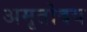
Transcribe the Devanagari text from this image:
अमृतोदय